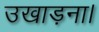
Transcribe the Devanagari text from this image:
उखाड़ना।